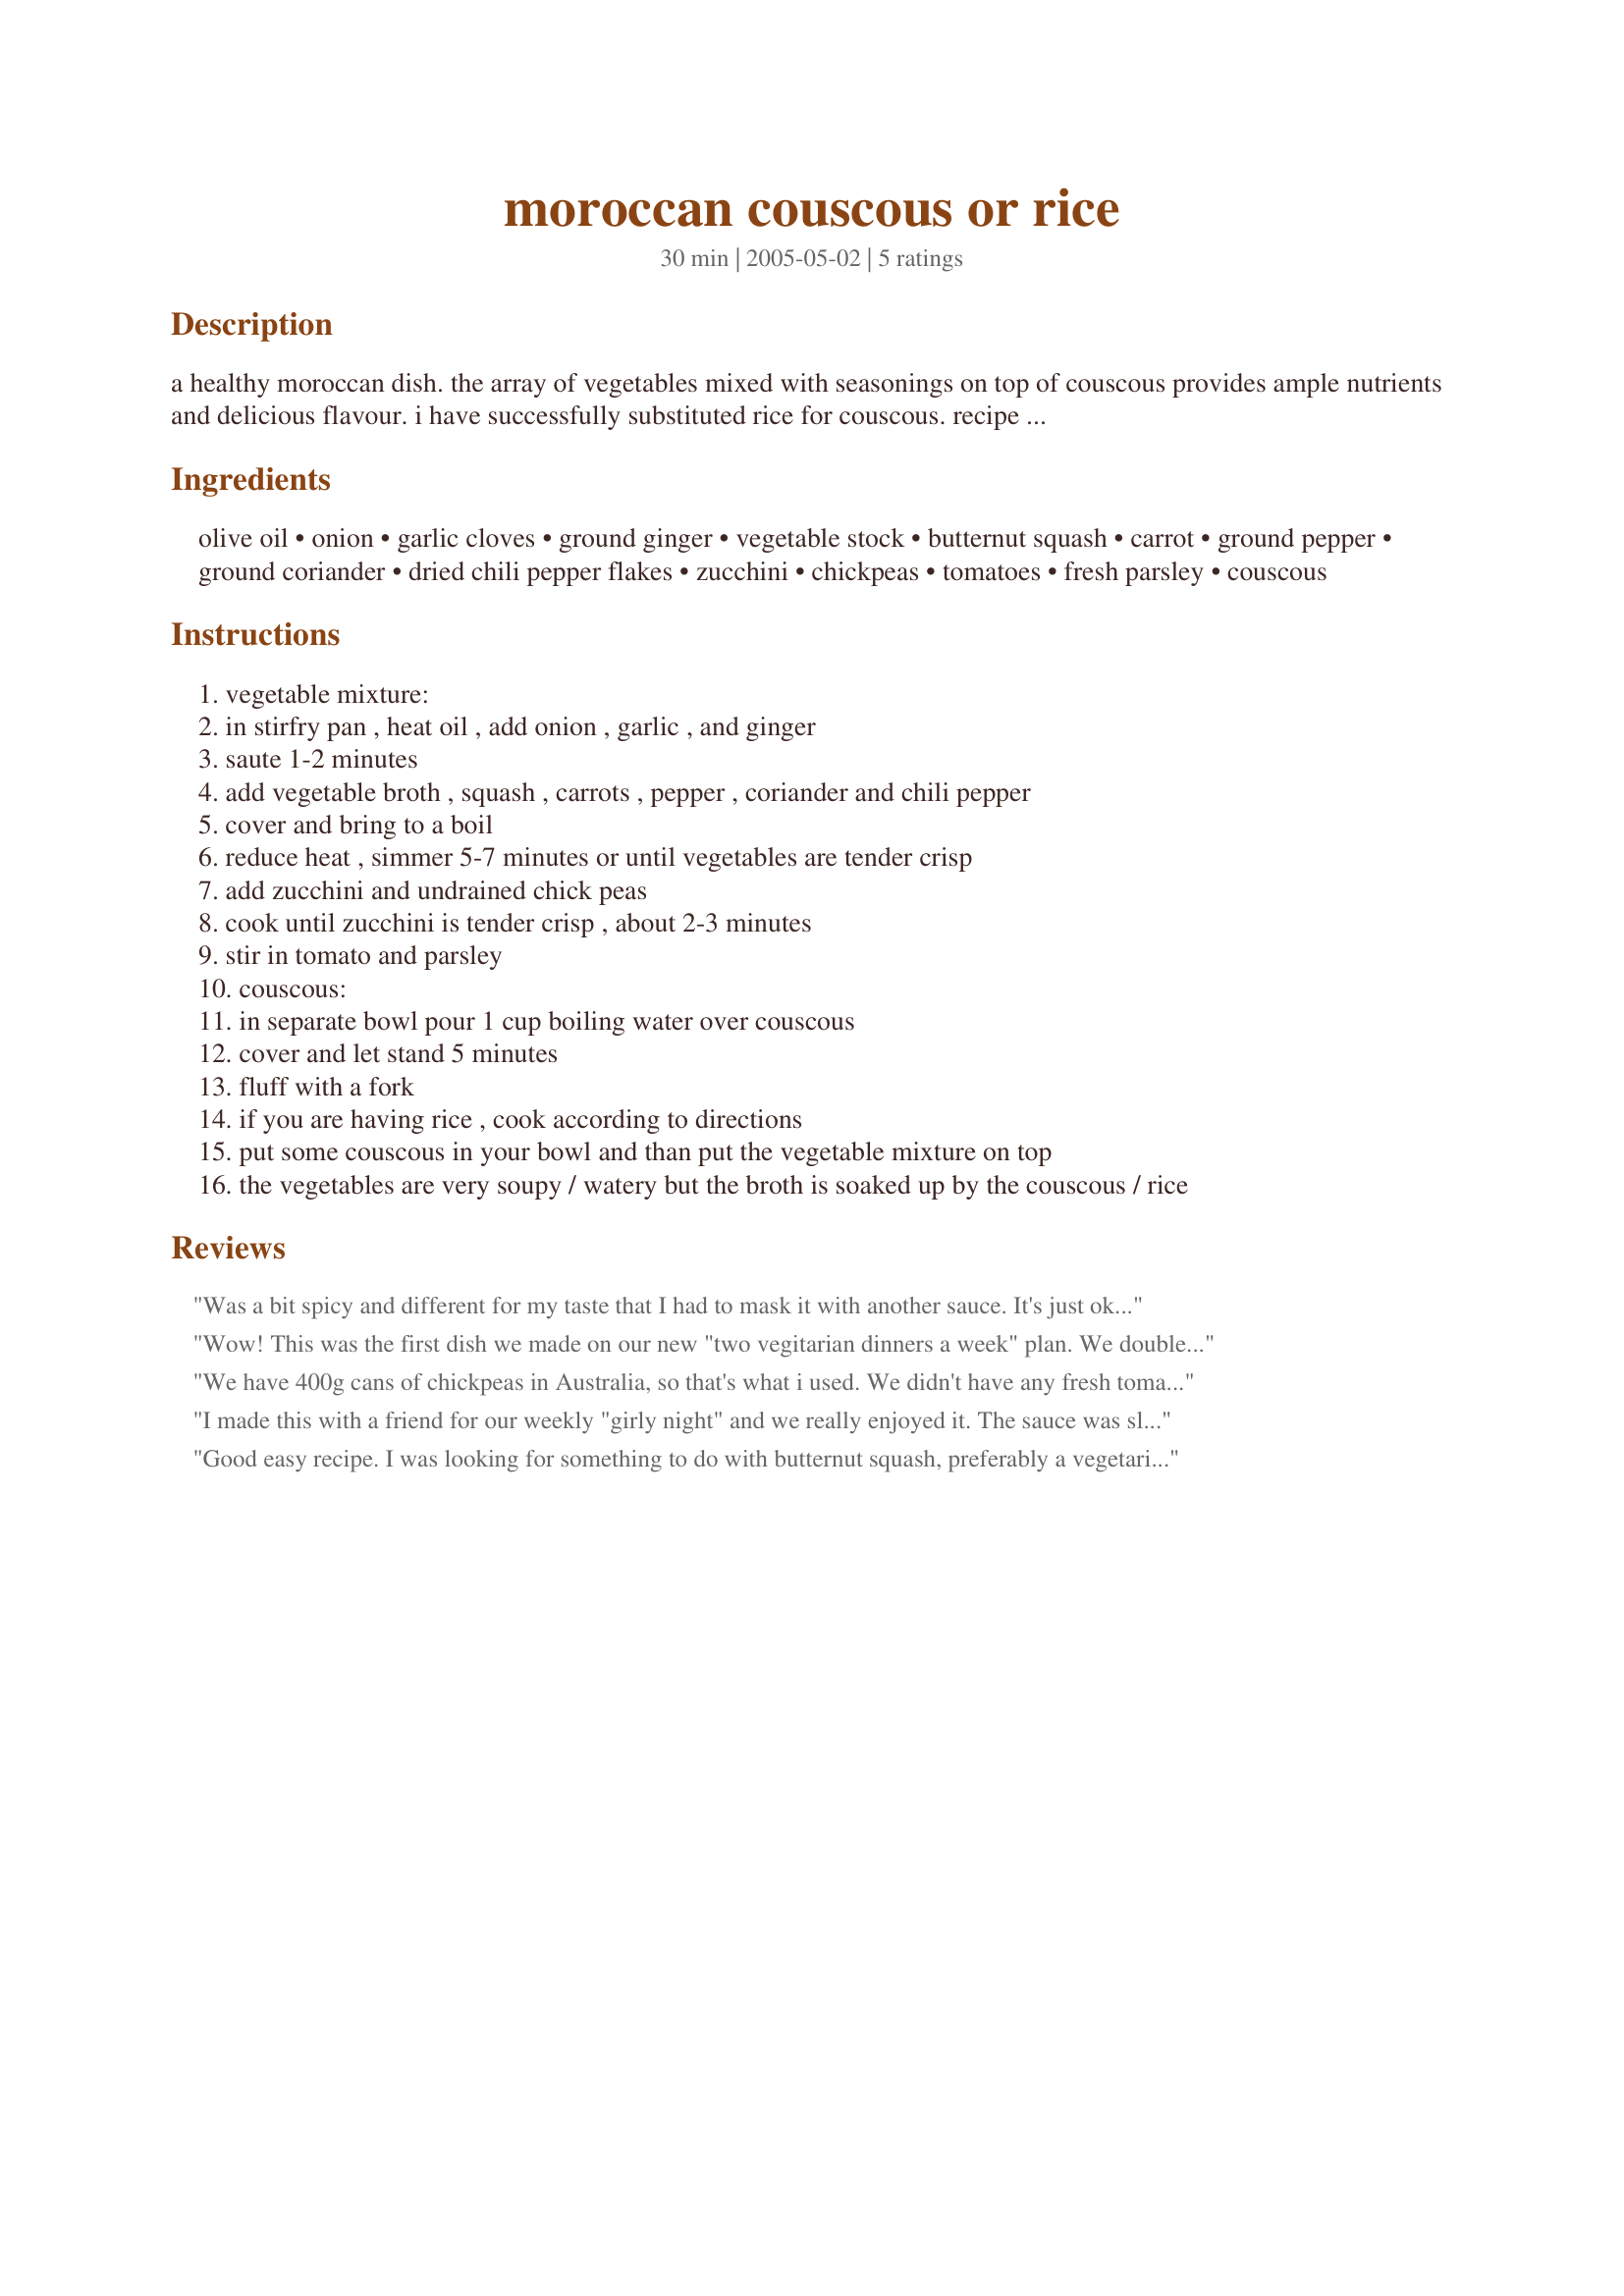
moroccan couscous or rice
Preparation time: 30 minutes

a healthy moroccan dish. the array of vegetables mixed with seasonings on top of couscous provides ample nutrients and delicious flavour. i have successfully substituted rice for couscous. recipe from "power eating".

Ingredients:
olive oil, onion, garlic cloves, ground ginger, vegetable stock, butternut squash, carrot, ground pepper, ground coriander, dried chili pepper flakes, zucchini, chickpeas, tomatoes, fresh parsley, couscous

Steps:
vegetable mixture:
in stirfry pan , heat oil , add onion , garlic , and ginger
saute 1-2 minutes
add vegetable broth , squash , carrots , pepper , coriander and chili pepper
cover and bring to a boil
reduce heat , simmer 5-7 minutes or until vegetables are tender crisp
add zucchini and undrained chick peas
cook until zucchini is tender crisp , about 2-3 minutes
stir in tomato and parsley
couscous:
in separate bowl pour 1 cup boiling water over couscous
cover and let stand 5 minutes
fluff with a fork
if you are having rice , cook according to directions
put some couscous in your bowl and than put the vegetable mixture on top
the vegetables are very soupy / watery but the broth is soaked up by the couscous / rice

Reviews:
Was a bit spicy and different for my taste that I had to mask it with another sauce. It's just ok for me hence the 2 stars.
Wow! This was the first dish we made on our new "two vegitarian dinners a week" plan. We doubled the pepper flakes (we are HUGE heat fans) and the dish ROCKED! Didn't even miss meat!
We have 400g cans of chickpeas in Australia, so that's what i used. We didn't have any fresh tomatoes on hand, so used approx 200g of canned crushed toms.
We liked it, but didn't love it. I think it could do with more spices/herbs.
I made this with a friend for our weekly "girly night" and we really enjoyed it. The sauce was slightly spicy with lots of flavour and it was nice that you had so many different textures and tastes with the vegetables. She has a new baby so it's great that it came together so easily too. We served it over couscous. I think this is quite a flexible dish so if you can't find some of the ingredients it would be quite easy to sub for something else, although the onions, chickpeas and tomatoes are essential in my opinion.
Good easy recipe. I was looking for something to do with butternut squash, preferably a vegetarian dish, and this fit the bill. Quick and simple. Very good with couscouse.
